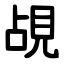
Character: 覘